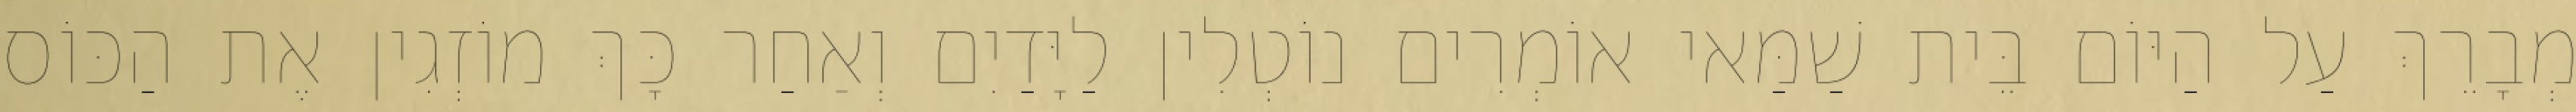
מְבָרֵךְ עַל הַיּוֹם בֵּית שַׁמַּאי אוֹמְרִים נוֹטְלִין לַיָּדַיִם וְאַחַר כָּךְ מוֹזְגִין אֶת הַכּוֹס